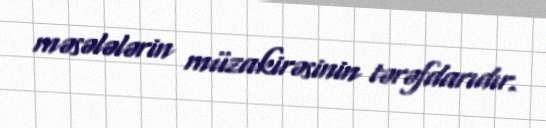
məsələlərin müzakirəsinin tərəfdarıdır.